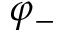
\varphi _ { - }